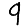
Digit: 9